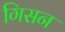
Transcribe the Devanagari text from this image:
गिसन